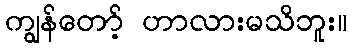
ကျွန်တော့် ဟာလားမသိဘူး။